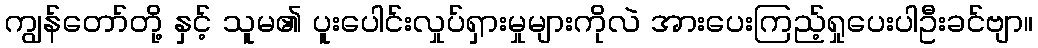
ကျွန်တော်တို့ နှင့် သူမ၏ ပူးပေါင်းလှုပ်ရှားမှုများကိုလဲ အားပေးကြည့်ရှုပေးပါဦးခင်ဗျာ။